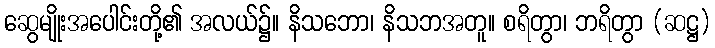
ဆွေမျိုးအပေါင်းတို့၏ အလယ်၌။ နိသဘော၊ နိသဘအတူ။ စရိတွာ၊ ဘရိတွာ (ဆဋ္ဌ)